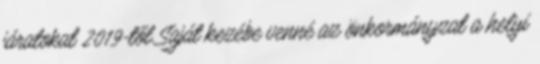
járatokat 2019-től Saját kezébe venné az önkormányzat a helyi